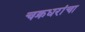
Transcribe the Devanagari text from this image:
चक्रधरांचा